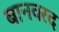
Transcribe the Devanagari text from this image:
बानवरद